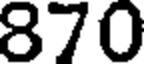
870